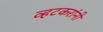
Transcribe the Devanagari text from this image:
व्हटकरांनी